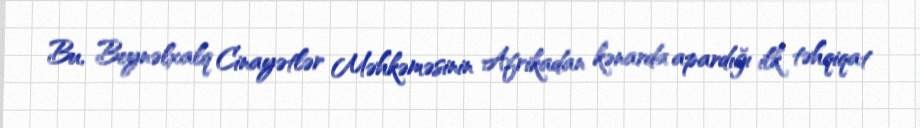
Bu, Beynəlxalq Cinayətlər Məhkəməsinin Afrikadan kənarda apardığı ilk təhqiqat